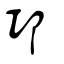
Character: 邛